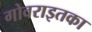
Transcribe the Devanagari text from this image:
गोवराइतका